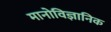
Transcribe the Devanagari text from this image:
मानोविज्ञानिक